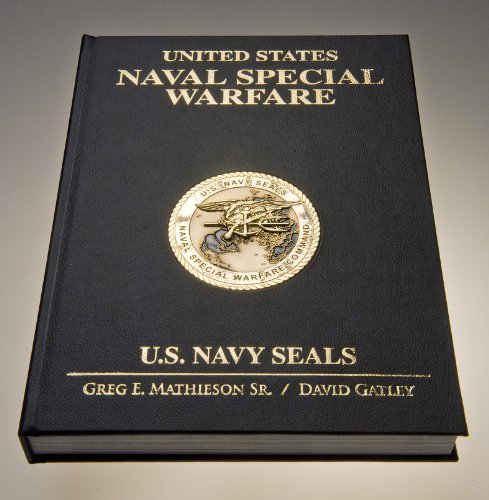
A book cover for US Naval Special Warfare / US Navy SEALs; Greg E. Mathieson Sr.; Arts & Photography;